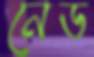
নেড